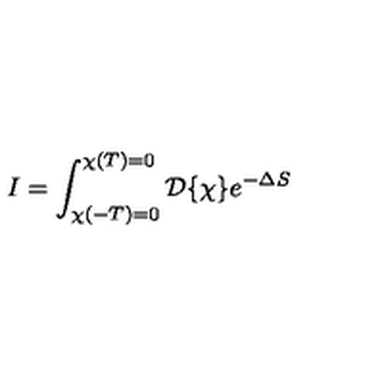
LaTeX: I = \int _ { \chi ( - T ) = 0 } ^ { \chi ( T ) = 0 } { \cal D } \{ \chi \} e ^ { - \Delta S }